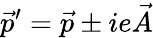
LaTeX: \vec{p}^{\prime}=\vec{p}\pm ie\vec{A}